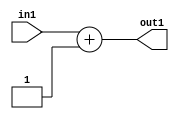
`timescale 1ps / 1ps
/*****************************************************************************
    Verilog RTL Description
    
    
    Created by: Stratus DpOpt 2019.1.01 
*******************************************************************************/

module in_buff_Add2i1u5_1 (
	in1,
	out1
	); /* architecture "behavioural" */ 
input [4:0] in1;
output [4:0] out1;
wire [4:0] asc001;

assign asc001 = 
	+(in1)
	+(5'B00001);

assign out1 = asc001;
endmodule

/* CADENCE  urj1Qww= : u9/ySgnWtBlWxVPRXgAZ4Og= ** DO NOT EDIT THIS LINE ******/